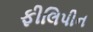
ફીલિપીન